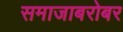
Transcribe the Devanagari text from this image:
समाजाबरोबर